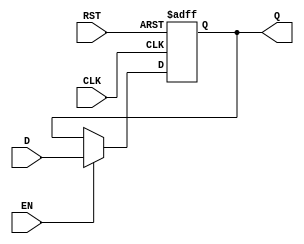
module IntermediateRegister #(
    parameter DATA_WIDTH = 8  // Parameter to define the width of the data
)(
    input wire [DATA_WIDTH-1:0] D,  // Data input
    input wire CLK,                  // Clock input
    input wire EN,                   // Enable input
    input wire RST,                  // Asynchronous reset
    output reg [DATA_WIDTH-1:0] Q   // Data output
);

    // Asynchronous reset and synchronous data capture
    always @(posedge CLK or posedge RST) begin
        if (RST) begin
            Q <= {DATA_WIDTH{1'b0}};  // Reset output to zero
        end else if (EN) begin
            Q <= D;                   // Capture input data on clock edge if enabled
        end
    end

endmodule